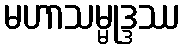
မဟာသမ္မုဒ္ဒဿ